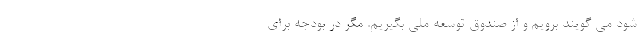
شود می گویند برویم و از صندوق توسعه ملی بگیریم. مگر در بودجه برای